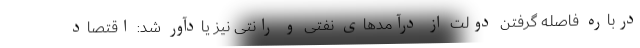
درباره فاصله گرفتن دولت از درآمدهای نفتی و رانتی نیز یادآور شد: اقتصاد